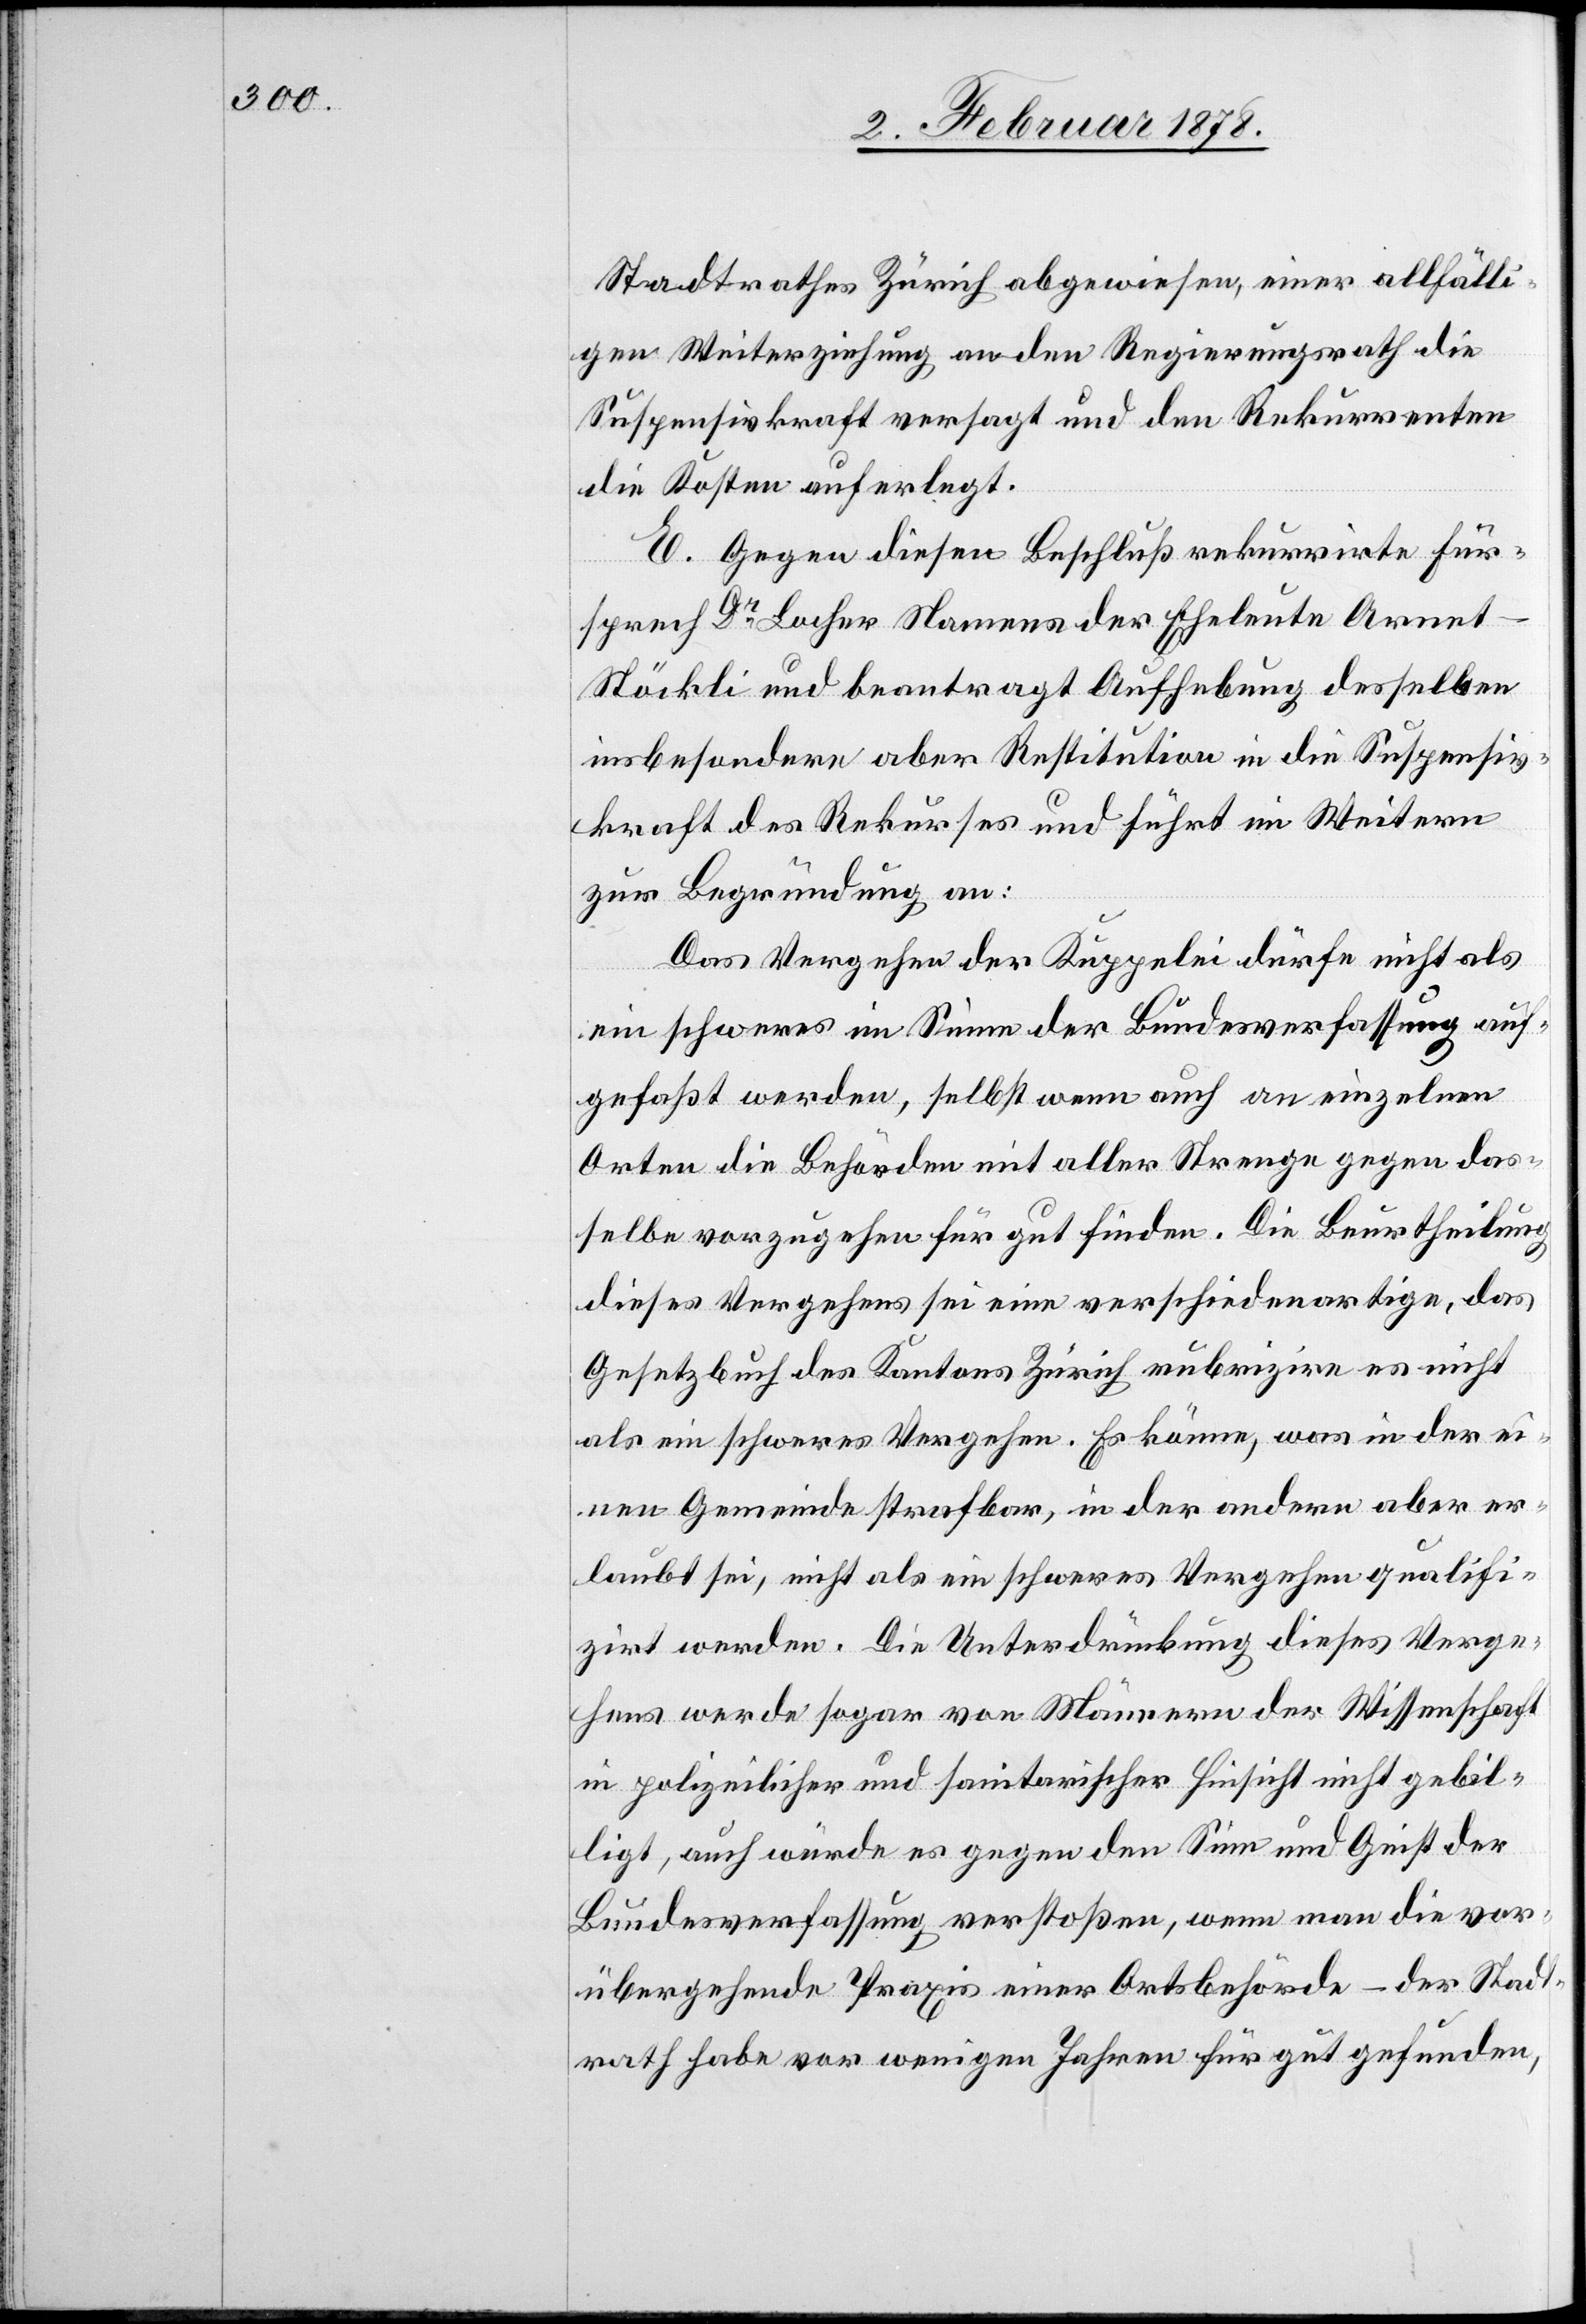
Stadtrathes Zürich abgewiesen, einer allfälli¬
gen Weiterziehung an den Regierungsrath die
Suspensivkraft versagt und den Rekurrenten
die Kosten auferlegt.
E. Gegen diesen Beschluß rekurrirte Für¬
sprech Dr. Locher Namens der Eheleute Arne¬
t-Stöckli und beantragt Aufhebung desselben
insbesondere aber Restitution in die Suspensiv¬
kraft des Rekurses und führt im Weitern
zur Begründung an:
Das Vergehen der Kuppelei dürfe nicht als
ein schweres im Sinne der Bundesverfassung auf¬
gefaßt werden, selbst wenn auch an einzelnen
Orten die Behörden mit aller Strenge gegen das¬
selbe vorzugehen für gut finden. Die Beurtheilung
dieses Vergehens sei eine verschiedenartige, das
Gesetzbuch des Kantons Zürich rubrizire es nicht
als ein schweres Vergehen. Es könne, was in der ei¬
nen Gemeinde strafbar, in der andern aber er¬
laubt sei, nicht als ein schweres Vergehen qualifi¬
zirt werden. Die Unterdrückung dieses Verge¬
hens werde sogar von Männern der Wissenschaft
in polizeilicher und sanitarischer Hinsicht nicht gebil¬
ligt, auch würde es gegen den Sinn und Geist der
Bundesverfassung verstoßen, wenn man die vor¬
übergehende Praxis einer Ortsbehörde – der Stadt¬
rath habe vor wenigen Jahren für gut gefunden,